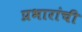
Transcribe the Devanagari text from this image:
प्रभारांची